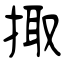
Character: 掫